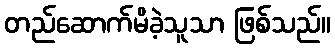
တည်ဆောက်မိခဲ့သူသာ ဖြစ်သည်။